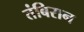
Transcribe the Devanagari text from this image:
तंबिरान